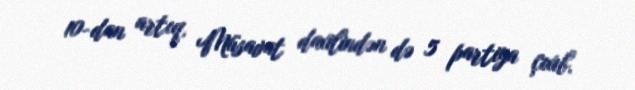
10-dan artıq, Müsavat daxilindən də 5 partiya çıxıb.